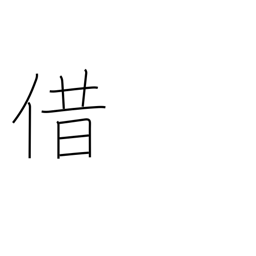
Meaning: borrow